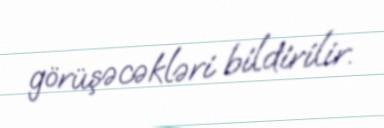
görüşəcəkləri bildirilir.